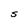
Character: S